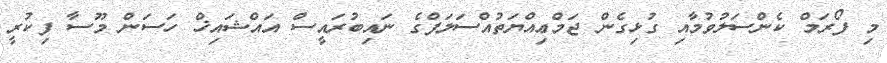
މި ފޯރަމް ކެންސަލުވުމާއި ގުޅިގެން ޖަމްޢިއްޔަތުއްސަލަފްގެ ނައިބުރައީސް އައްޝައިޚް ހަސަން މޫސާ ފިކުރީ